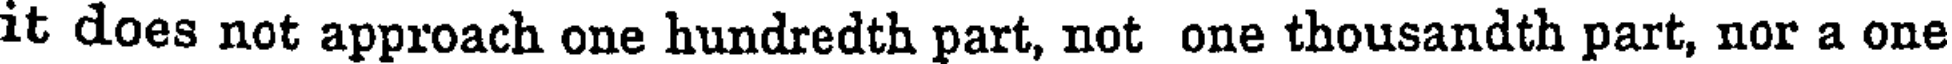
it does not approach one hundredth part, not one thousandth part, nor a one